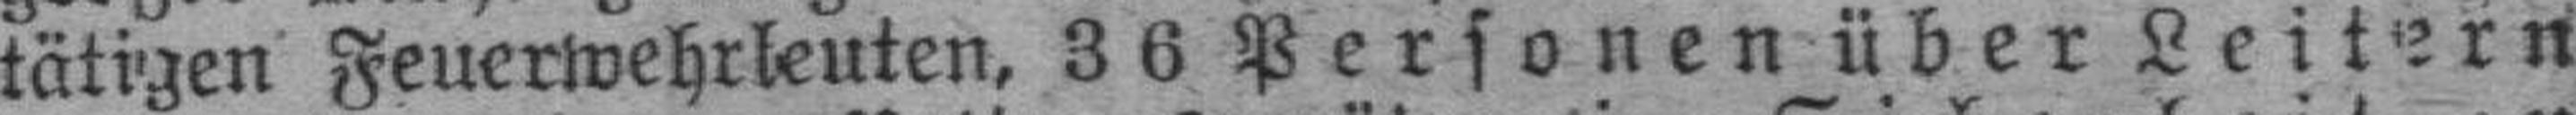
tätigen Feuerwehrleuten, 36 Personen über Leitern